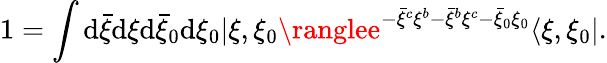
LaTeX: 1=\int\mathrm{d}{\bar{{\xi}}}\mathrm{d}\xi\mathrm{d}{\bar{{\xi}}}_{0}\mathrm{d}\xi_{0}|\xi,\xi_{0}\ranglee^{-{\bar{{\xi}}}^{c}\xi^{b}-{\bar{{\xi}}}^{b}\xi^{c}-{\bar{{\xi}}}_{0}\xi_{0}}\langle\xi,\xi_{0}|.